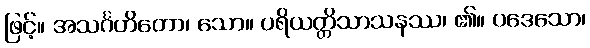
ဖြင့်။ အသင်္ဂဟိတော၊ သော။ ပရိယတ္တိသာသနဿ၊ ၏။ ပဒေသော၊